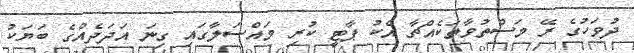
ދުވަހުގެ ރޭ މަސްތުވާތަކެއްޗާ އެކު ޕާޓީ ކުރި މައްސަލާގައި ގިނަ އަދަދެއްގެ ބަޔަކު